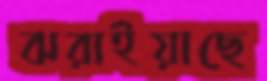
ঝরাইয়াছে